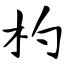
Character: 杓